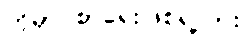
ဟိုမှာ စာရေးဖြစ်ရဲ့လား